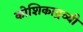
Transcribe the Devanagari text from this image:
कोशिकाद्रव्यी